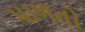
પાળતો